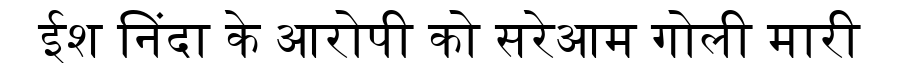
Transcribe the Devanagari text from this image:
ईश निंदा के आरोपी को सरेआम गोली मारी